Annual administration report of the Civil Veterinary Department of India - 1895-1896
Year: 1895
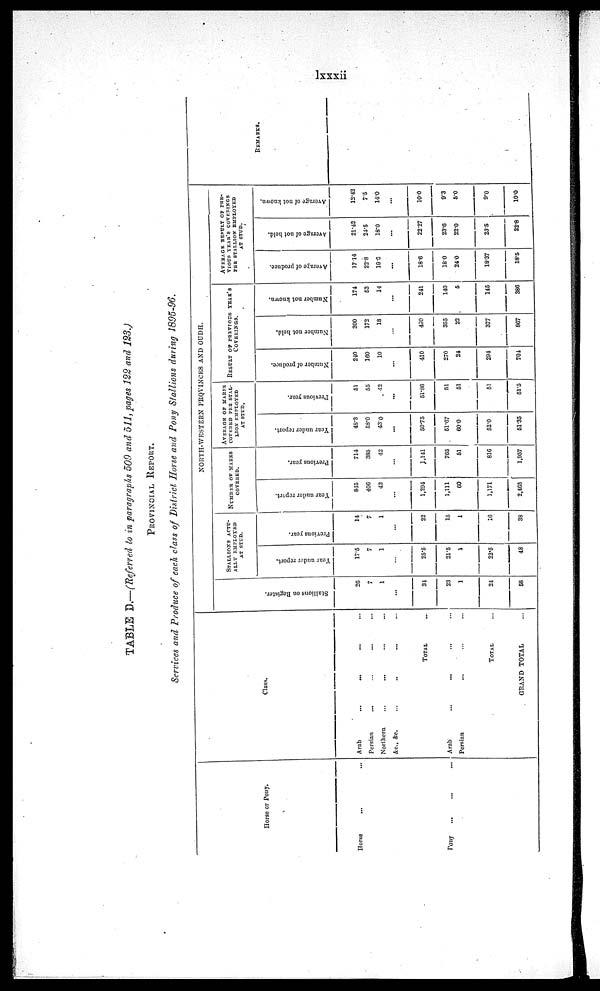
lxxxii
TABLE D.—(Referred to in paragraphs 509 and 511, pages 122 and 123.)
PROVINCIAL REPORT.
Services and Produce of each class of District Horse and Pony Stallions during 1895-96.
Horse or Pony.
Horse ... ...
Pony ... ... ...
Class.
Arab ... ... ... ...
Persian ... ... ... ...
Northern ... ... ... ...
&c., &c.
...
...
... ...
TOTAL ...
Arab
...
...
... ...
Persian
...
... ... ...
TOTAL ...
GRAND TOTAL ...
NORTH-WESTERN PROVINES AND OUDH.
St al l
i
ons on Regi s t
er .
26
7
1
...
34
23
1
24
58
STALLIONS ACTU-
ALLY EMPLOYED
AT STUD.
Year under report.
17.5
7
1
...
25.5
21.5
1
22.5
48
Previous year.
14
7
1
...
22
15
1
46
38
NUMBER OF MARES
COVERED.
Year under report.
845
406
43
...
1,294
1,111
60
1,171
2,465
Previous year.
714
385
42
...
1,141
765
61
816
1,957
AVERAGE OF MARES
COVERED PER STAL-
LION EMPLOYED
AT STUD.
Year under report.
48.3
58.0
43.0
...
50.75
51.67
60.0
52.0
51.35
Previous year.
51
55
42
...
51.86
51
51
51
51.5
RESULT OF PREVIOUS YEAR'S
COVERINGS.
Number of produce.
240
160
10
...
410
270
24
294
704
Number not held.
300
172
18
...
430
355
22
377
867
Number not known.
174
53
14
...
241
140
5
145
386
AVERAGE RESULT OF PER-
VIOUS YEAR'S COVEVRINGS
PER STALLION EMPLOYED
Average
of produce.
17.14
22.8
10.0
...
18.6
18.0
24.0
18.37
18.5
Average of not held.
21.42
24.5
18.0
...
22.27
23.6
22.0
23.5
22.8
Average of not known.
12.42
7.5
14.0
...
10.0
9.3
5.0
9.0
10.0
REMARKS.